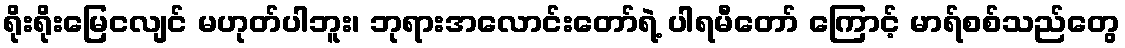
ရိုးရိုးမြေငလျင် မဟုတ်ပါဘူး၊ ဘုရားအလောင်းတော်ရဲ့ ပါရမီတော် ကြောင့် မာရ်စစ်သည်တွေ